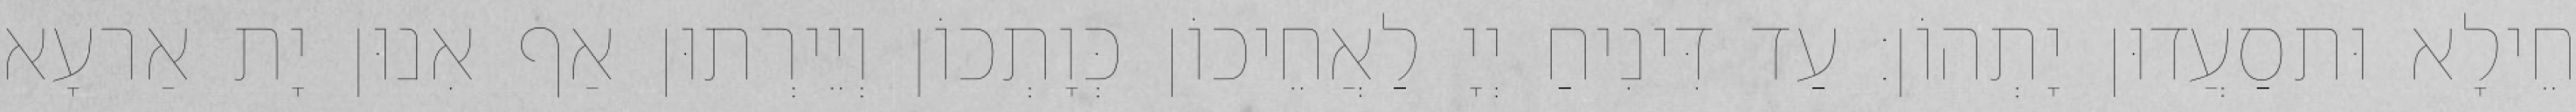
חֵילָא וּתסַעֲדוּן יָתְהוֹן׃ עַד דִּינִיחַ יְיָ לַאֲחֵיכוֹן כְּוָתְכוֹן וְיֵירְתוּן אַף אִנוּן יָת אַרעָא